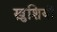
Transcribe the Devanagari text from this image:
ख़ुशियाॅ